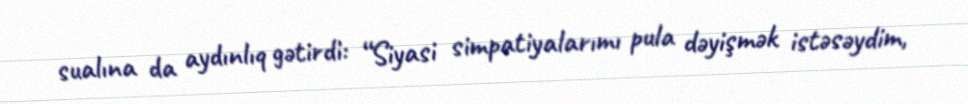
sualına da aydınlıq gətirdi: “Siyasi simpatiyalarımı pula dəyişmək istəsəydim,